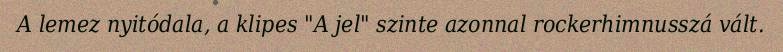
A lemez nyitódala, a klipes "A jel" szinte azonnal rockerhimnusszá vált.